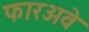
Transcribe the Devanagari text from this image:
फारअवे